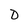
Character: D